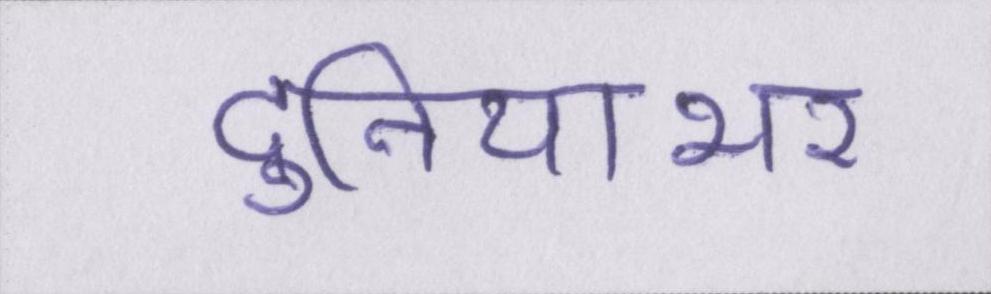
दुनियाभर